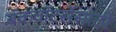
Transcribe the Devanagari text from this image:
बॅकवॉटर्सेसाठी